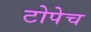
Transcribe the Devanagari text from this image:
टोपेच